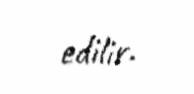
edilir.